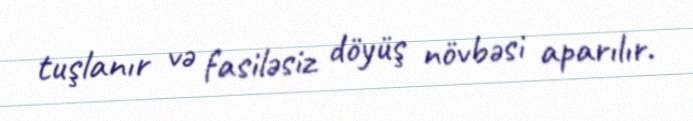
tuşlanır və fasiləsiz döyüş növbəsi aparılır.